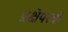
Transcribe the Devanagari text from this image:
प्रक्षेपस्त्रो